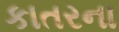
કાતરના